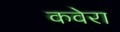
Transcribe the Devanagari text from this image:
कवेरा